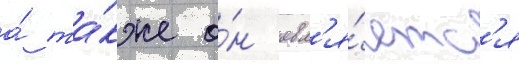
а́ та́кже о́н явл'я́етс'я